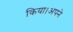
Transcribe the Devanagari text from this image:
किया।अपने